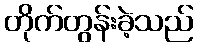
တိုက်တွန်းခဲ့သည်